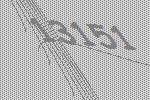
13151